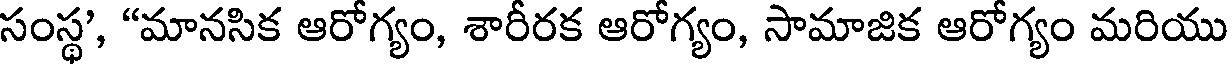
సంస్థ', "మానసిక ఆరోగ్యం, శారీరక ఆరోగ్యం, సామాజిక ఆరోగ్యం మరియు